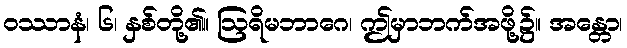
ဝဿာနံ၊ ၆၊ နှစ်တို့၏။ ဩရိမဘာဂေ၊ ဤမှာဘက်အဖို့၌။ အန္တော၊